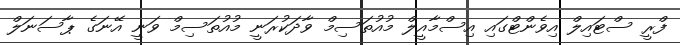
ފްރީ ސްޓައިލް އިވެންޓްގައި އިސްމާއީލް މުއުތަސިމް ވާދަކުރަނީ މުއުތަސިމް ވަނީ އޭނަގެ ޕާސަނަލް